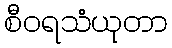
စီဝရသံယုတာ